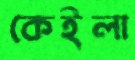
কেইলা